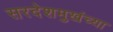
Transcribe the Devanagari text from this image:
सरदेशमुखंच्या